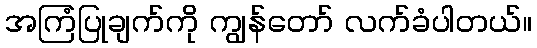
အကြံပြုချက်ကို ကျွန်တော် လက်ခံပါတယ်။